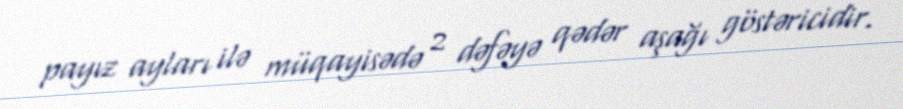
payız ayları ilə müqayisədə 2 dəfəyə qədər aşağı göstəricidir.